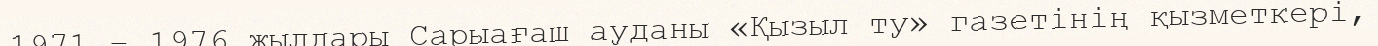
1971 – 1976 жылдары Сарыағаш ауданы «Қызыл ту» газетінің қызметкері,